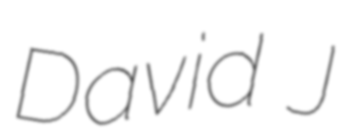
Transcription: David J